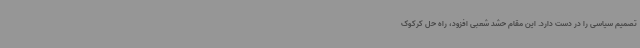
تصمیم سیاسی را در دست دارد. این مقام حشد شعبی افزود، راه حل کرکوک